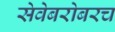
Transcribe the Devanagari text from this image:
सेवेबरोबरच